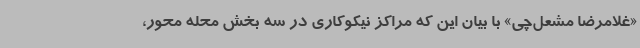
«غلامرضا مشعل‌چی» با بیان این که مراکز نیکوکاری در سه بخش محله محور،